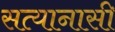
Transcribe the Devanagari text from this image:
सत्यानासी